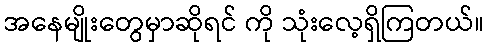
အနေမျိုးတွေမှာဆိုရင် ကို သုံးလေ့ရှိကြတယ်။